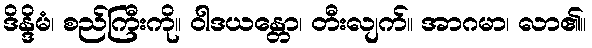
ဒိန္ဒိမံ၊ စည်ကြီးကို။ ဝါဒယန္တော၊ တီးလျက်။ အာဂမာ၊ လာ၏။